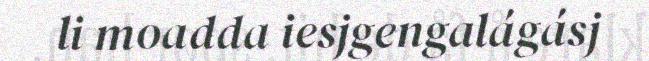
li moadda iesjgengalágásj